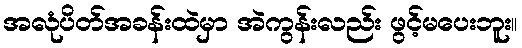
အလုံပိတ်အခန်းထဲမှာ အဲကွန်းလည်း ဖွင့်မပေးဘူး။